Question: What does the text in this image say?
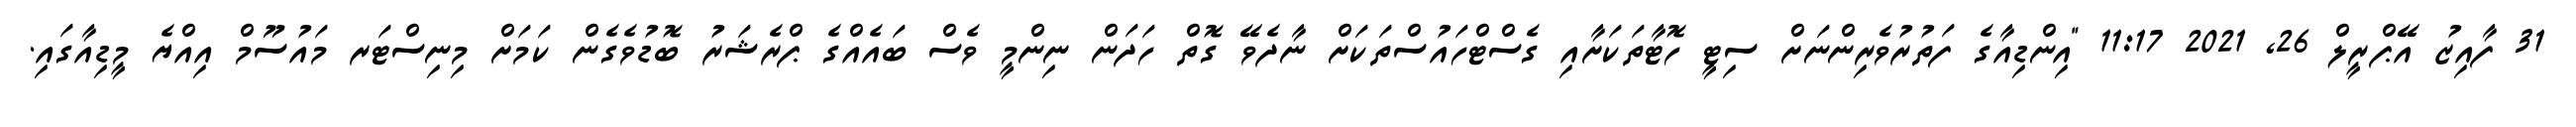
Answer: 31 ފާއިޒު އޭޕްރީލް 26, 2021 11:17 "އިންޑިއާގެ ފަތުރުވެރިންނަށް ސިޓީ ހޮޓާތަކަށާއި ގެސްޓްހައުސްތަކަށް ނާދެވޭ ގޮތް ހަދަން ނިންމީ ވެސް ބައެއްގެ ޕްރެޝަރު ބޮޑުވެގެން ކަމަށް މިނިސްޓަރ މައުސޫމް އިއްޔެ މީޑިއާގައި.